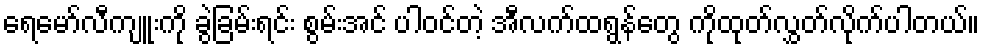
ရေမော်လီကျူးကို ခွဲခြမ်းရင်း စွမ်းအင် ပါဝင်တဲ့ အီလက်ထရွန်တွေ ကိုထုတ်လွှတ်လိုက်ပါတယ်။